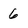
Character: 6